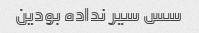
سس سیر نداده بودین